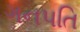
ગનપતિ